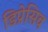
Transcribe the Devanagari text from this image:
डिप्रेसिव